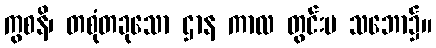
ကွစနိ၊ တစုံတခုသော ဌာန ကာလ တွင်းပ သဘော၌။